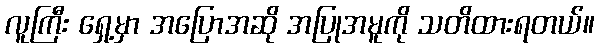
လူကြီး ရှေ့မှာ အပြောအဆို အပြုအမူကို သတိထားရတယ်။